Indian journal of veterinary science and animal husbandry - Volume 13,
Year: 1943
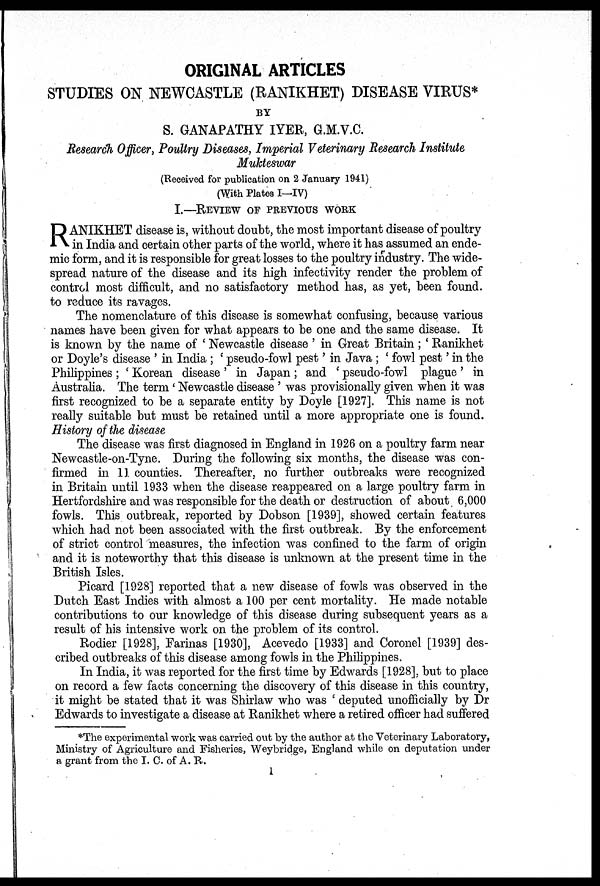
ORIGINAL ARTICLES
STUDIES ON NEWCASTLE (RANIKHET) DISEASE VIRUS*
BY
S. GANAPATHY IYER, G.M.V.C.
Research Officer, Poultry Diseases, Imperial Veterinary Research Institute
Mukteswar
(Received for publication on 2 January 1941)
(With Plates I—IV)
I.—REVIEW OF PREVIOUS WORK
R ANIKHET disease is, without doubt, the most important disease of poultry
in India and certain other parts of the world, where it has assumed an ende-
mic form, and it is responsible for great losses to the poultry industry. The wide-
spread nature of the disease and its high infectivity render the problem of
control most difficult, and no satisfactory method has, as yet, been found.
to reduce its ravages.
The nomenclature of this disease is somewhat confusing, because various
names have been given for what appears to be one and the same disease. It
is known by the name of ' Newcastle disease ' in Great Britain; ' Ranikhet
or Doyle's disease ' in India ; ' pseudo-fowl pest' in Java ; ' fowl pest ' in the
Philippines ; ' Korean disease ' in Japan ; and ' pseudo-fowl plague ' in
Australia. The term ' Newcastle disease ' was provisionally given when it was
first recognized to be a separate entity by Doyle [1927]. This name is not
really suitable but must be retained until a more appropriate one is found.
History of the disease
The disease was first diagnosed in England in 1926 on a poultry farm near
Newcastle-on-Tyne. During the following six months, the disease was con-
firmed in 11 counties. Thereafter, no further outbreaks were recognized
in Britain until 1933 when the disease reappeared on a large poultry farm in
Hertfordshire and was responsible for the death or destruction of about 6,000
fowls. This outbreak, reported by Dobson [1939], showed certain features
which had not been associated with the first outbreak. By the enforcement
of strict control measures, the infection was confined to the farm of origin
and it is noteworthy that this disease is unknown at the present time in the
British Isles.
Picard [1928] reported that a new disease of fowls was observed in the
Dutch East Indies with almost a 100 per cent mortality. He made notable
contributions to our knowledge of this disease during subsequent years as a
result of his intensive work on the problem of its control.
Rodier [1928], Farinas [1930], Acevedo [1933] and Coronel [1939] des-
cribed outbreaks of this disease among fowls in the Philippines.
In India, it was reported for the first time by Edwards [1928], but to place
on record a few facts concerning the discovery of this disease in this country,
it might be stated that it was Shirlaw who was ' deputed unofficially by Dr
Edwards to investigate a disease at Ranikhet where a retired officer had suffered
*The experimental work was carried out by the author at the Veterinary Laboratory,
Ministry of Agriculture and Fisheries, Weybridge, England while on deputation under
a grant from the I. C. of A. R.
1